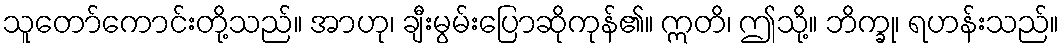
သူတော်ကောင်းတို့သည်။ အာဟု၊ ချီးမွမ်းပြောဆိုကုန်၏။ ဣတိ၊ ဤသို့။ ဘိက္ခု၊ ရဟန်းသည်။